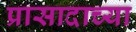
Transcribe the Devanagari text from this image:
प्रासादाच्या